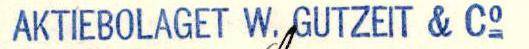
AKTIEBOLAGET W. GUTZEIT & Co